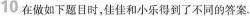
10 在做如下题目时，佳佳和小乐得到了不同的答案。